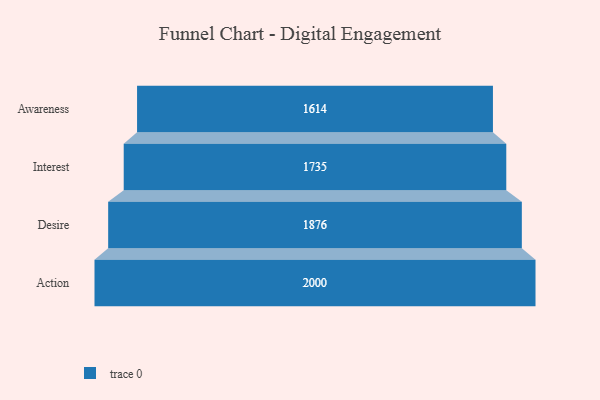
{"axis": {"x": "Stage", "y": "Value"}, "legend": [""], "data": [{"x": "Awareness", "y": 1614.0, "type": ""}, {"x": "Interest", "y": 1735.0, "type": ""}, {"x": "Desire", "y": 1876.0, "type": ""}, {"x": "Action", "y": 2000, "type": ""}]}